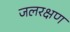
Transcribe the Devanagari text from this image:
जलरक्षण